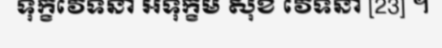
ទុក្ខវេទនា អទុក្ខម សុខ វេទនា [23] ។